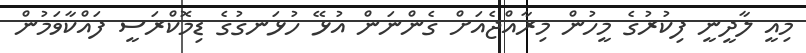
މިއީ ލާދީނީ ފިކުރުގެ މީހުން މިރާއްޖެއަށް ގެންނަން އުޅޭ ހުޅަނގުގެ ޑިމޮކްރަސީ ފައްކާވަމުން